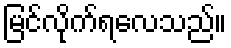
မြင်လိုက်ရလေသည်။